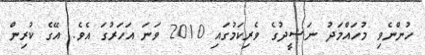
ހުންނެވި މުހައްމަދު ނަޝީދުގެ ވެރިކަމުގައި 2010 ވަނަ އަހަރުގަ އެވެ. އޭގެ ކުރިން